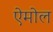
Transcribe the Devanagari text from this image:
ऐमोल